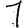
Digit: 1